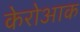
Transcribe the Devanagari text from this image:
केरोआक